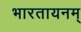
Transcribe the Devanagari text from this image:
भारतायनम्